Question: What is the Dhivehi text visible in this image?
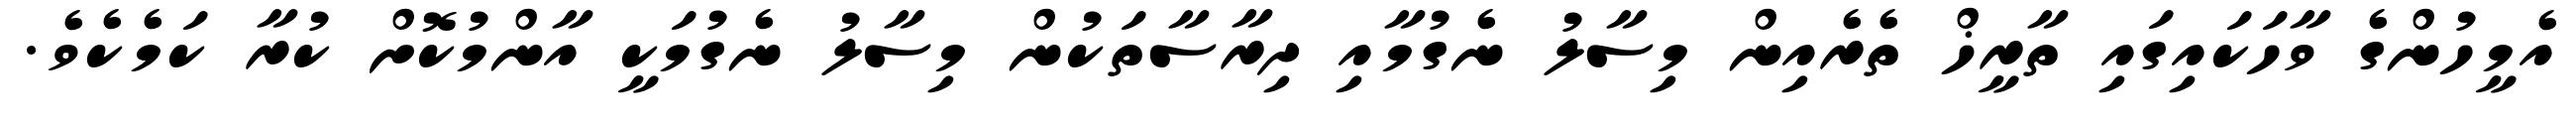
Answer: އެމީހުންގެ ވާހަކައިގައި ތާރީޚް ތެރެއިން މިސާލު ނެގުމާއި ދިރާސާތަކުން މިސާލު ނެގުމަކީ އާންމުކޮށް ކުރާ ކަމެކެވެ.